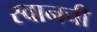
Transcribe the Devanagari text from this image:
स्वानची